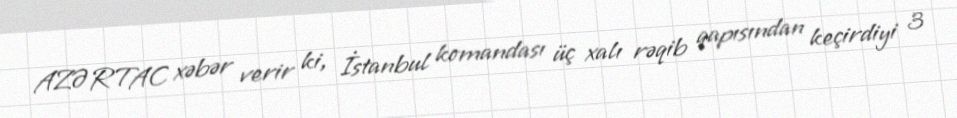
AZƏRTAC xəbər verir ki, İstanbul komandası üç xalı rəqib qapısından keçirdiyi 3